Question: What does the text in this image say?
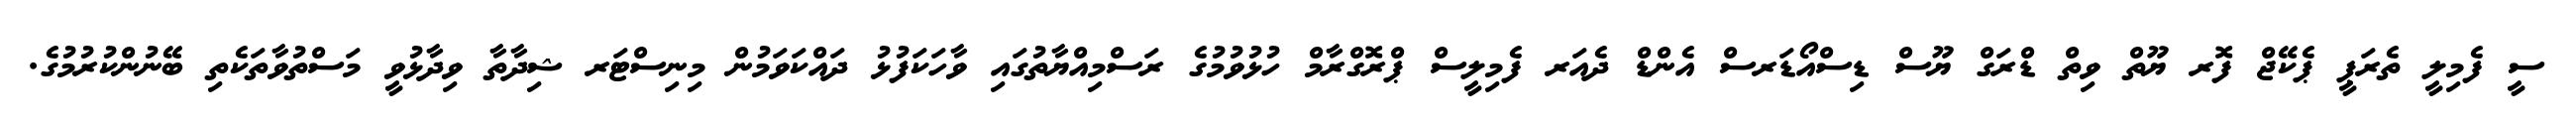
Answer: ސީ ފެމިލީ ތެރަޕީ ޕެކޭޖް ފޮރ ޔޫތް ވިތް ޑްރަގް ޔޫސް ޑިސްއޯޑަރސް އެންޑް ދެއަރ ފެމިލީސް ޕްރޮގްރާމް ހުޅުވުމުގެ ރަސްމިއްޔާތުގައި ވާހަކަފުޅު ދައްކަވަމުން މިނިސްޓަރ ޝިދާތާ ވިދާޅުވީ މަސްތުވާތަކެތި ބޭނުންކުރުމުގެ.